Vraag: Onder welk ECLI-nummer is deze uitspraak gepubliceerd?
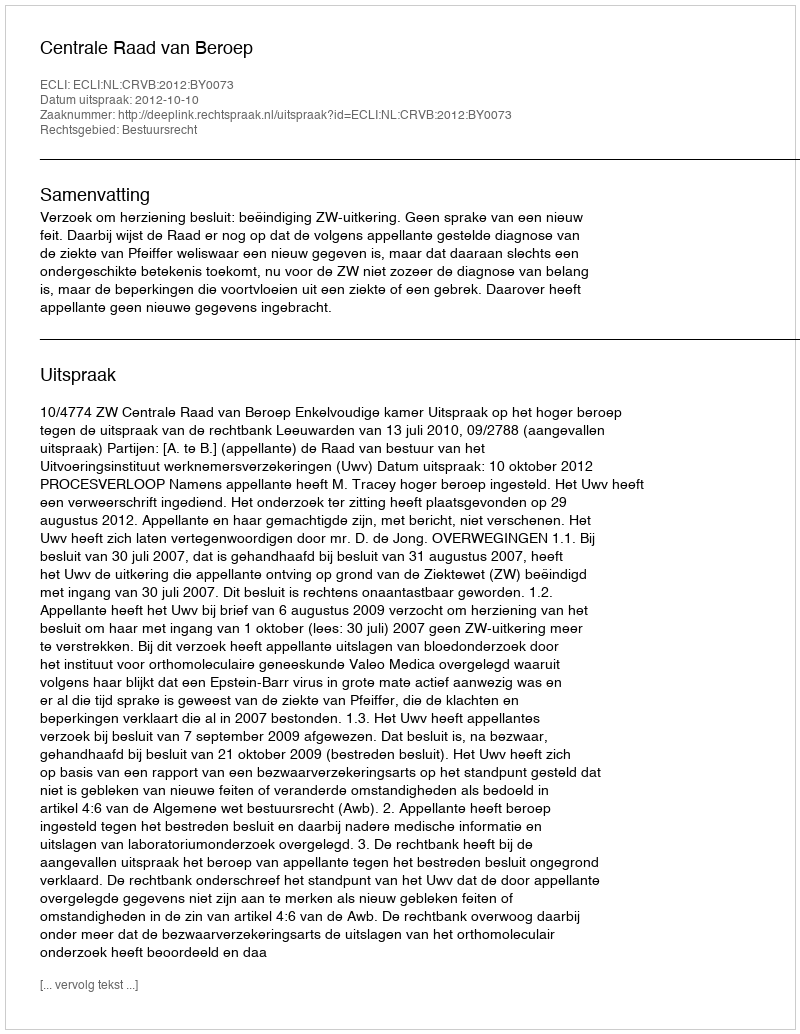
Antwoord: ECLI:NL:CRVB:2012:BY0073